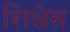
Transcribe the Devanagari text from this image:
शिक्षेस